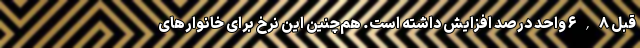
قبل ۶,٨ واحد درصد افزایش داشته است. هم‌چنین این نرخ برای خانوارهای